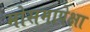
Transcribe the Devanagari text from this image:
मोसमापेक्षा